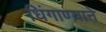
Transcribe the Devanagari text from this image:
धिंगाण्याने